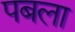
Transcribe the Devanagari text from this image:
पबला